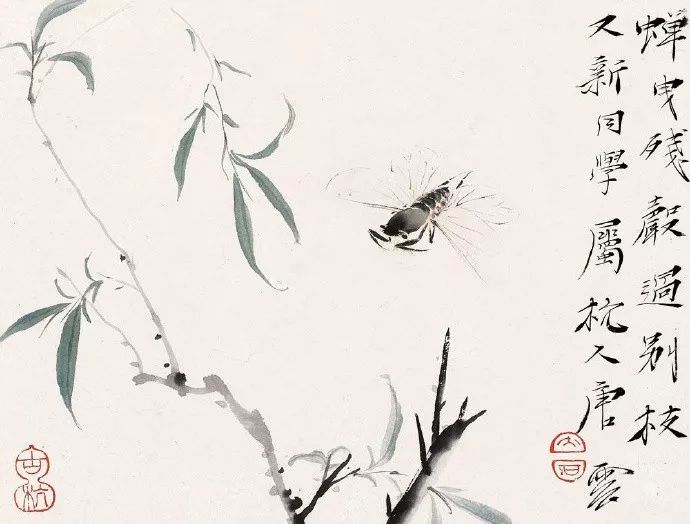
蝉噪林逾静，鸟鸣山更幽。